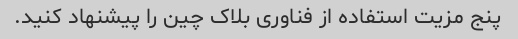
پنج مزیت استفاده از فناوری بلاک چین را پیشنهاد کنید.